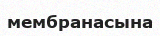
мембранасына